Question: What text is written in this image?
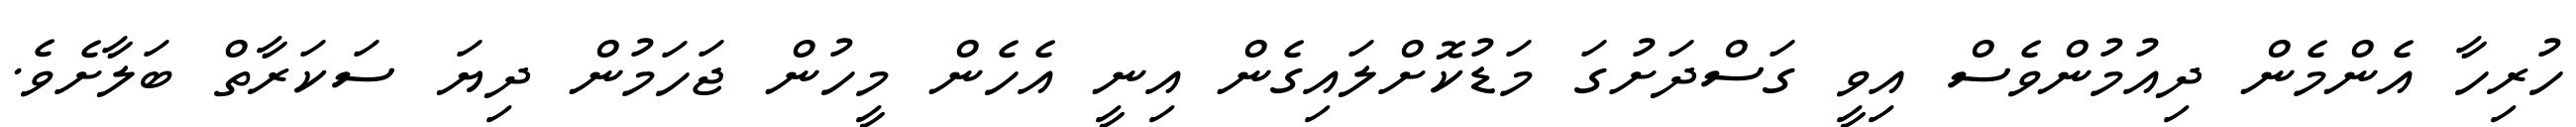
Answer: ހުރިހާ އެންމެން ދިއުމުންވެސް އިވީ ގަސްދަށުގަ މަޑުކޮށްލައިގެން އިނީ އެހެން މީހުން ޖަހަމުން ދިޔަ ސަކަރާތް ބަލާށެވެ.